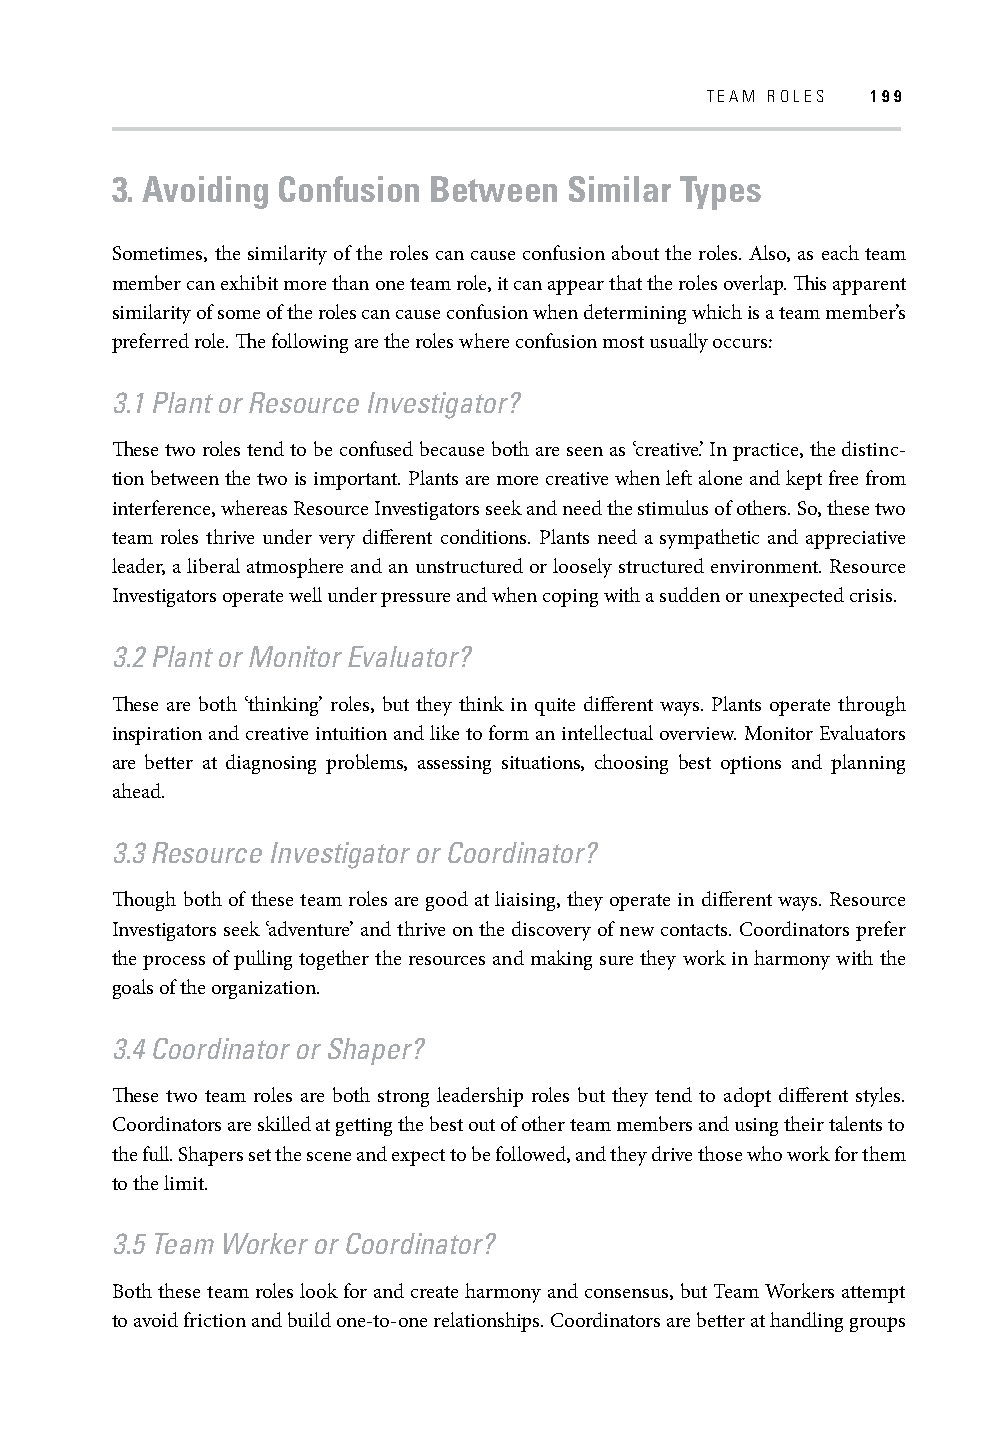
TEAM ROLES 199
 3. Avoiding Confusion Between  Similar Types
 Sometimes, the similarity of the roles can cause confusion about the roles. Also, as each team
 member can exhibit more than one team role, it can appear that the roles overlap. Th is apparent
 similarity of some of the roles can cause confusion when determining which is a team member’s
 preferred role. Th e following are the roles where confusion most usually occurs:
 3.1 Plant or Resource Investigator?
 Th ese two roles tend to be confused because both are seen as ‘creative’. In practice, the distinc-
 tion between the two is important. Plants are more creative when left alone and kept free from
 interference, whereas Resource Investigators seek and need the stimulus of others. So, these two
 team roles thrive under very diff erent conditions. Plants need a sympathetic and appreciative
 leader, a liberal atmosphere and an unstructured or loosely structured environment. Resource
 Investigators operate well under pressure and when coping with a sudden or unexpected crisis.
 3.2 Plant or Monitor Evaluator?
 Th ese are both ‘thinking’ roles, but they think in quite diff erent ways. Plants operate through
 inspiration and creative intuition and like to form an intellectual overview. Monitor Evaluators
 are better at diagnosing problems, assessing situations, choosing best options and planning
 ahead.
 3.3 Resource Investigator or Coordinator?
 Th ough both of these team roles are good at liaising, they operate in diff erent ways. Resource
 Investigators seek ‘adventure’ and thrive on the discovery of new contacts. Coordinators prefer
 the process of pulling together the resources and making sure they work in harmony with the
 goals of the organization.
 3.4 Coordinator or Shaper?
 Th ese two team roles are both strong leadership roles but they tend to adopt diff erent styles.
 Coordinators are skilled at getting the best out of other team members and using their talents to
 the full. Shapers set the scene and expect to be followed, and they drive those who work for them
 to the limit.
 3.5 Team Worker or Coordinator?
 Both these team roles look for and create harmony and consensus, but Team Workers attempt
 to avoid friction and build one-to-one relationships. Coordinators are better at handling groups